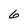
Character: 6